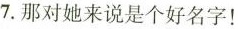
7.那对她来说是个好名字！